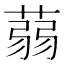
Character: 蒻